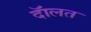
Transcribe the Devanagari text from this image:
दॅालत